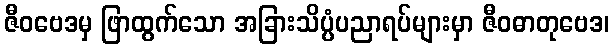
ဇီဝဗေဒမှ ဖြာထွက်သော အခြားသိပ္ပံပညာရပ်များမှာ ဇီဝဓာတုဗေဒ၊